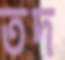
তদ